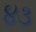
૪૩